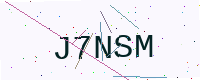
Text: J7NSM